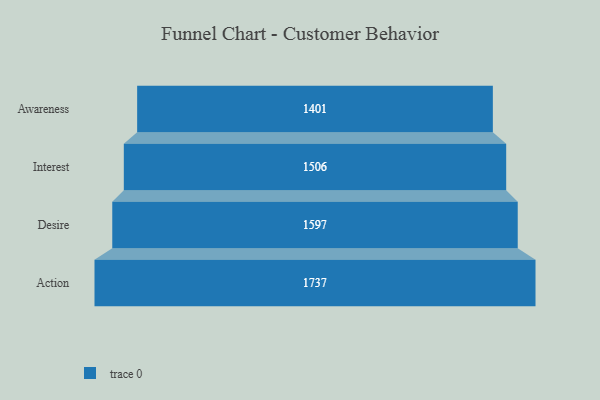
{"axis": {"x": "Stage", "y": "Value"}, "legend": [""], "data": [{"x": "Awareness", "y": 1401.0, "type": ""}, {"x": "Interest", "y": 1506.0, "type": ""}, {"x": "Desire", "y": 1597.0, "type": ""}, {"x": "Action", "y": 1737.0, "type": ""}]}